Annual administration report of the Civil Veterinary Department of India - 1904-1905
Year: 1904
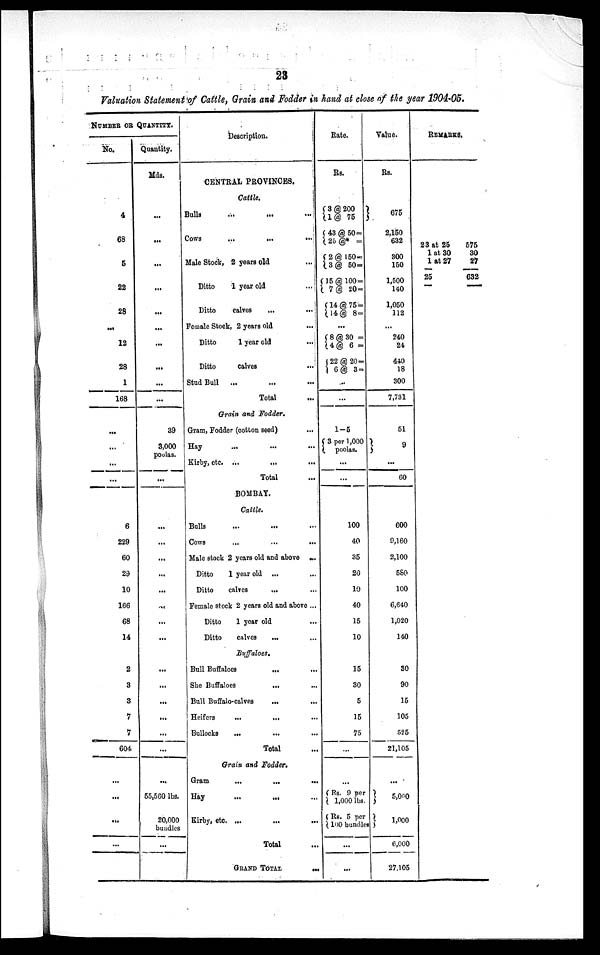
23
Valuation Statement of Cattle, Grain and Fodder in hand at close of the year 1904-05.
NUMBER OR QUANTITY.
No.
4
68
5
22
28
...
12
28
1
168
...
...
...
...
6
229
60
29
10
166
68
14
2
3
3
7
7
604
...
...
...
...
Quantity.
Mds.
...
...
...
...
...
...
...
...
...
...
39
3,000
poolas.
...
...
...
...
...
...
...
...
...
...
...
...
...
...
...
...
55,560 lbs.
20,000
bundles
...
Description.
CENTRAL PROVINCES.
Cattle.
Bulls ... ... ...
Cows
...
...
...
Male Stock, 2 years old ...
Ditto
1 year old
Ditto
calves
...
...
Female Stock, 2 years old
Ditto
1 year old
Ditto
calves
Stud Bull
...
Total
Grain and Fodder.
Gram, Fodder (cotton seed)
Hay ... ... ...
Kirby, etc. ...
...
...
Total ...
BOMBAY.
Cattle.
Bulls
Cows
...
...
...
Male stock 2 years old and above ...
Ditto
1 year old ... ...
Ditto
calves
... ...
Female stock 2 years old and above ...
Ditto
1 year old ...
Ditto
calves ... ...
Buffaloes.
Bull Buffaloes ... ...
She Buffaloes
... ...
Bull Buffalo-calves
... ...
Heifers
...
... ...
Bullocks
...
...
Total
Grain and Fodder.
Gram
...
...
...
Hay ... ... ...
Kirby, etc. ...
...
...
Total ...
GRAND
TOTAL
...
Rate.
Rs.
{ 3 @ 200
1 @ 75
{ 43 @ 50 =
26 @* =
{ 2 @ 150 =
3 @ 50 =
{ 15 @ 100 =
7 @ 20 =
{ 14 @ 75 =
14 @ 8 =
...
{ 8 @ 30 =
14 @ 6 =
{ 22 @ 20 =
6 @ 3 =
1-5
{ 3 per 1,000
poolas.
...
...
100
40
35
20
10
40
15
10
15
30
5
15
75
...
{Rs. 9 per
1,000 lbs.
{Rs. 5 per
100 bundles}
...
...
Value.
Rs.
}675
2,150
632
300
150
1,500
140
1,050
112
...
240
24
440
18
300
7,731
51
} 9
...
60
600
9,160
2,100
580
100
6,640
1,020
140
30
90
15
105
525
21,105
...
}5,000
1,000
6,000
27,105
REMARKS.
23 at 25
1 at 30
1 at 27
25
575
30
27
632